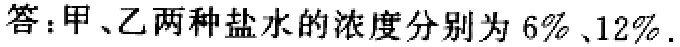
答：甲、乙两种盐水的浓度分别为 \(6\%\)、\(12\%\).